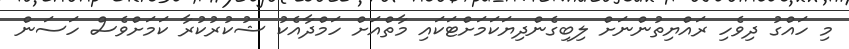
މި ހައްގު ދިވެހި ރައްޔިތުންނަށް ލިބިގެންދިޔަކަމަށްޓަކައި މާތްއަށް ހަމްދާއެކު ޝުކުރުކުރާ ކަމަށްވެސް ހަސަން